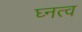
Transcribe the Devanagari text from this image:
घ्नत्व